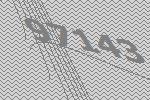
97143